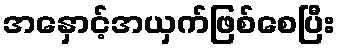
အနှောင့်အယှက်ဖြစ်စေပြီး